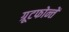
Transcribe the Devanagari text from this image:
ग्रूटफोन्तें